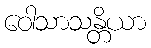
ဝေါသာသန္တိယာ